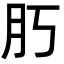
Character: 𦘰